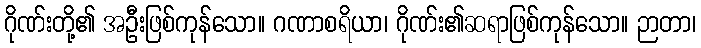
ဂိုဏ်းတို့၏ အဦးဖြစ်ကုန်သော။ ဂဏာစရိယာ၊ ဂိုဏ်း၏ဆရာဖြစ်ကုန်သော။ ဉာတာ၊